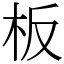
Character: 板